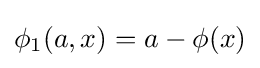
\phi _{1}(a,x)=a-\phi (x)